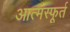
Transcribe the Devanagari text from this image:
आत्मस्फूर्त